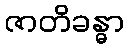
ဇာတိခန္ဓာ